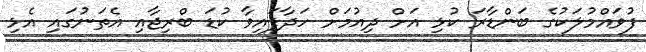
ފުވައްމުލަކުގެ ބަންޑާރަ ކުޅި އަށް ދިއުމަށް ހަދާފައިވާ ކުޑަ ބްރިޖާއި އެތަނުގައި އެޅި